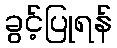
ခွင့်ပြုရန်